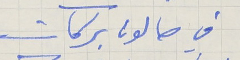
في صالون بركات